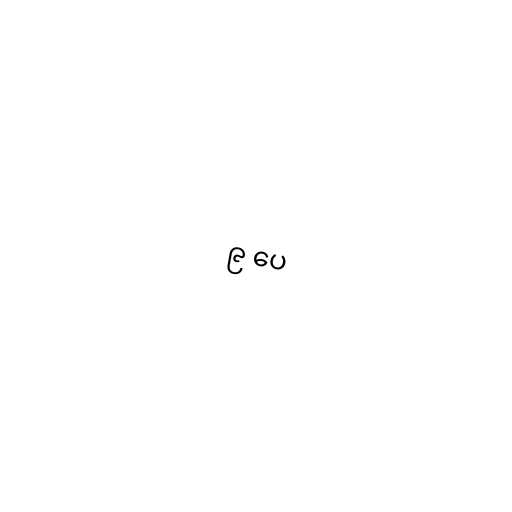
၉ ပေ